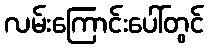
လမ်းကြောင်းပေါ်တွင်